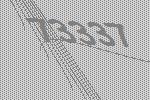
73337